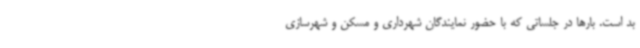
بد است. بارها در جلساتی که با حضور نمایندگان شهرداری و مسکن و شهرسازی